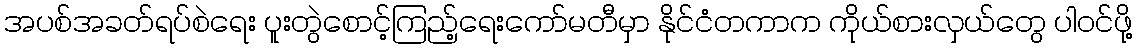
အပစ်အခတ်ရပ်စဲရေး ပူးတွဲစောင့်ကြည့်ရေးကော်မတီမှာ နိုင်ငံတကာက ကိုယ်စားလှယ်တွေ ပါဝင်ဖို့